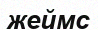
жеймс